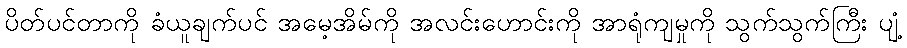
ပိတ်ပင်တာကို ခံယူချက်ပင် အမေ့အိမ်ကို အလင်းဟောင်းကို အာရုံကျမှုကို သွက်သွက်ကြီး ပျံ့